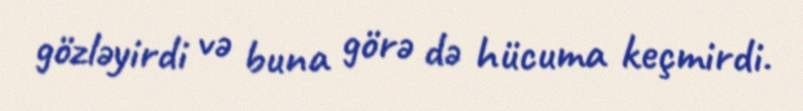
gözləyirdi və buna görə də hücuma keçmirdi.